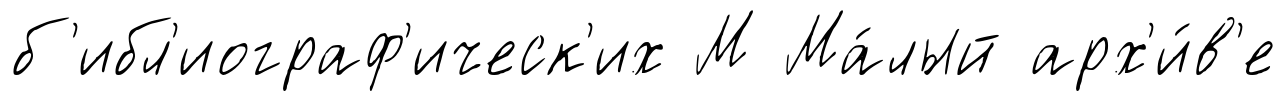
б'ибл'иограф'ическ'их М Ма́лый арх'и́в'е